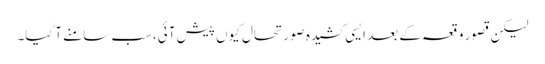
لیکن قصور وقعہ کے بعد ایسی کشیدہ صورتحال کیوں پیش آئی،سب سامنے آ گیا۔